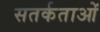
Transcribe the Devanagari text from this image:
सतर्कताओं